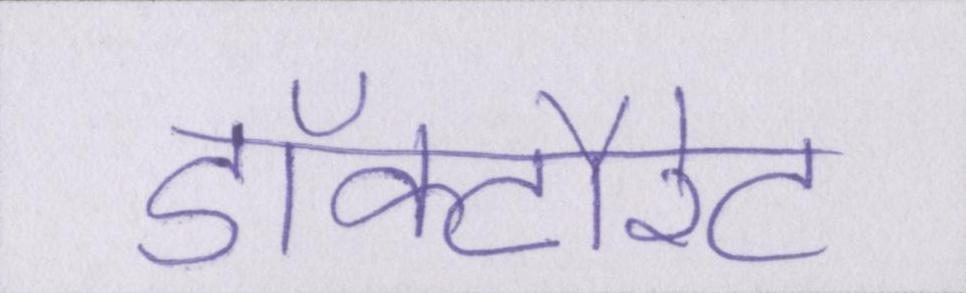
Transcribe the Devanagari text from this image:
डॉक्टौरेट